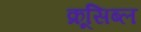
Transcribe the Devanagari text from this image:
क्रूसिब्ल